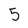
Character: 5